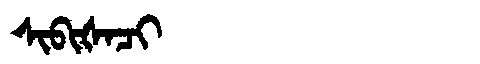
Manchu: ᠰᡳᠪᡳᡧᠠᠴᡳ
Romanization: SIBIŠACI